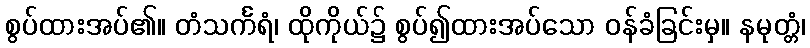
စွပ်ထားအပ်၏။ တံသင်္ကရံ၊ ထိုကိုယ်၌ စွပ်၍ထားအပ်သော ဝန်ခံခြင်းမှ။ နမုတ္တံ၊